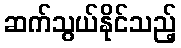
ဆက်သွယ်နိုင်သည့်